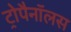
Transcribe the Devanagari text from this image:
ट्रोपैनॉलस